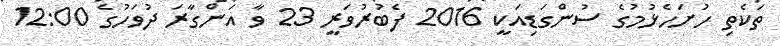
ތަކެތި ހުށަހެޅުމުގެ ސުންގަޑިއަކީ 2016 ފެބުރުވަރީ 23 ވާ އަންގާރަ ދުވަހުގެ 12:00